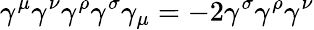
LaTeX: \gamma^{\mu}\gamma^{\nu}\gamma^{\rho}\gamma^{\sigma}\gamma_{\mu}=-2\gamma^{\sigma}\gamma^{\rho}\gamma^{\nu}